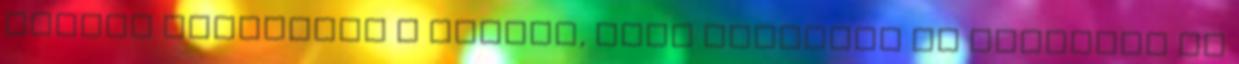
oldali gombjával a mezőre, majd válassza az Elrejtés az